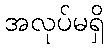
အလုပ်မရှိ